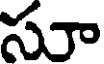
సూ